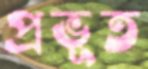
প্রভূত